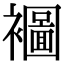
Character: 𮖾